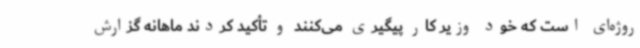
روژه‌ای است که خود وزیر کار پیگیری می‌کنند و تأکید کردند ماهانه گزارش